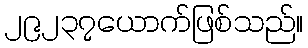
၂၉၂၃၇ယောက်ဖြစ်သည်။